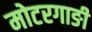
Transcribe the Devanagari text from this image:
मोटरगाङी